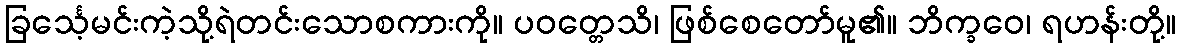
ခြင်္သေ့မင်းကဲ့သို့ရဲတင်းသောစကားကို။ ပဝတ္တေသိ၊ ဖြစ်စေတော်မူ၏။ ဘိက္ခဝေ၊ ရဟန်းတို့။